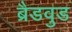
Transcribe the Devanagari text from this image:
ब्रैडवुड